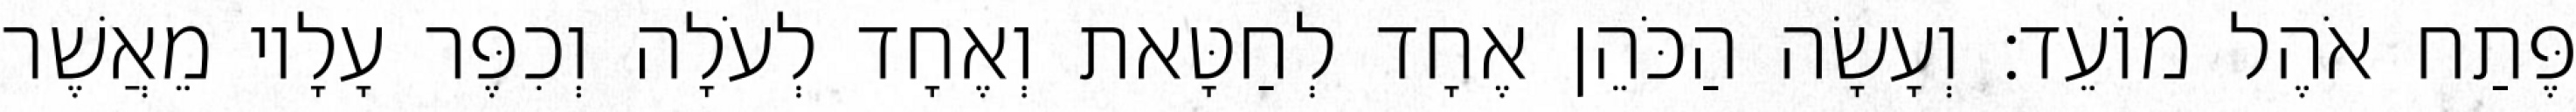
פֶּתַח אֹהֶל מוֹעֵד׃ וְעָשָׂה הַכֹּהֵן אֶחָד לְחַטָּאת וְאֶחָד לְעֹלָה וְכִפֶּר עָלָיו מֵאֲשֶׁר